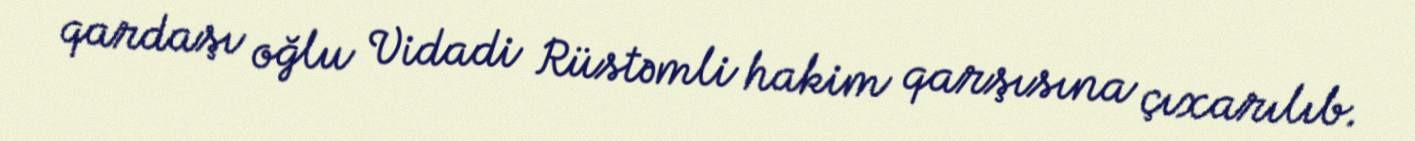
qardaşı oğlu Vidadi Rüstəmli hakim qarşısına çıxarılıb.